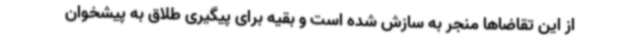
از این تقاضاها منجر به سازش شده است و بقیه برای پیگیری طلاق به پیشخوان